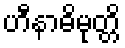
ဟီနာဓိမုတ္တိ